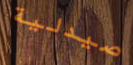
صيدلية